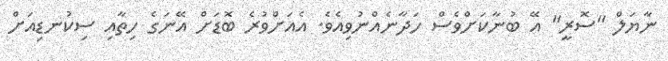
ނާޔަލް "ސޮރީ" އޭ ބުނާކަށްވެސް ހަދާނެއްނުވިއެވެ. އެއަށްވުރެ ބޮޑަށް އޭނަގެ ހިތާއި ސިކުނޑިއަށް